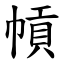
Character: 幊